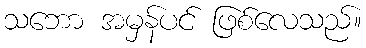
သဘော အမှန်ပင် ဖြစ်လေသည်။